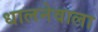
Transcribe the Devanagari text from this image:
धालनेवाला